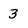
Character: 3